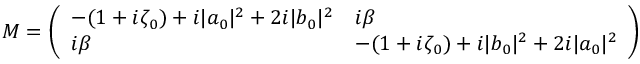
\begin{array} { r } { M = \left( \begin{array} { l l } { - ( 1 + i \zeta _ { 0 } ) + i | a _ { 0 } | ^ { 2 } + 2 i | b _ { 0 } | ^ { 2 } } & { i \beta } \\ { i \beta } & { - ( 1 + i \zeta _ { 0 } ) + i | b _ { 0 } | ^ { 2 } + 2 i | a _ { 0 } | ^ { 2 } } \end{array} \right) } \end{array}